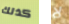
كذلك لا